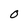
Character: O